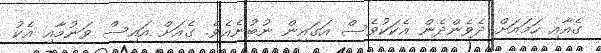
ގެއާއި ހަމައަށް ދެވެންދެން އެކަކުވެސް އަގައިން ނުބުނެއެވެ. ގެއަށް އައިސް ވަނުމާއި އެކު